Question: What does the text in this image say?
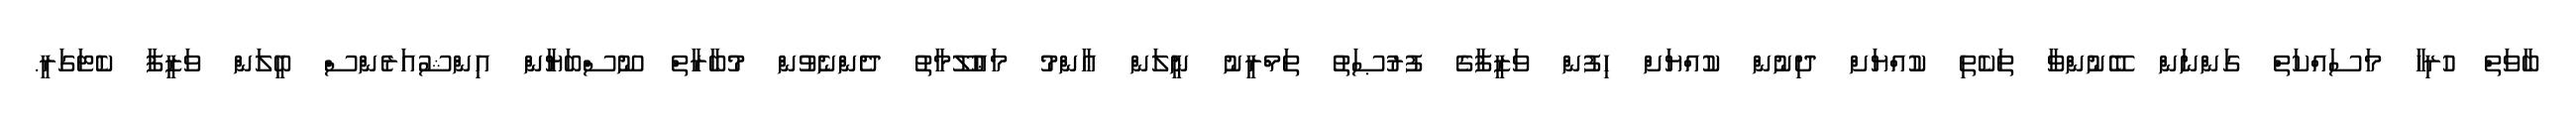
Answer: ބާވަތް ހުރިހާ މަސައްކަތް ގަންނަން ބޭނުންވާ ތަކެތި ކުއްޔަށް ދިނުން ކުއްޔަށް ހިފުން ވަޒީފާގެ ފުރުޞަތު ތަމްރީނު ނީލަން ޢާންމު މަޢުލޫމާތު ދެންނެވުން މުބާރާތް ނޫސްބަޔާން އިންޝުއަރެންސް ބީލަން ވަޒީފާ ކެޓަގަރީ.